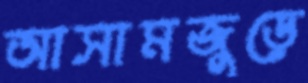
আসামজুড়ে